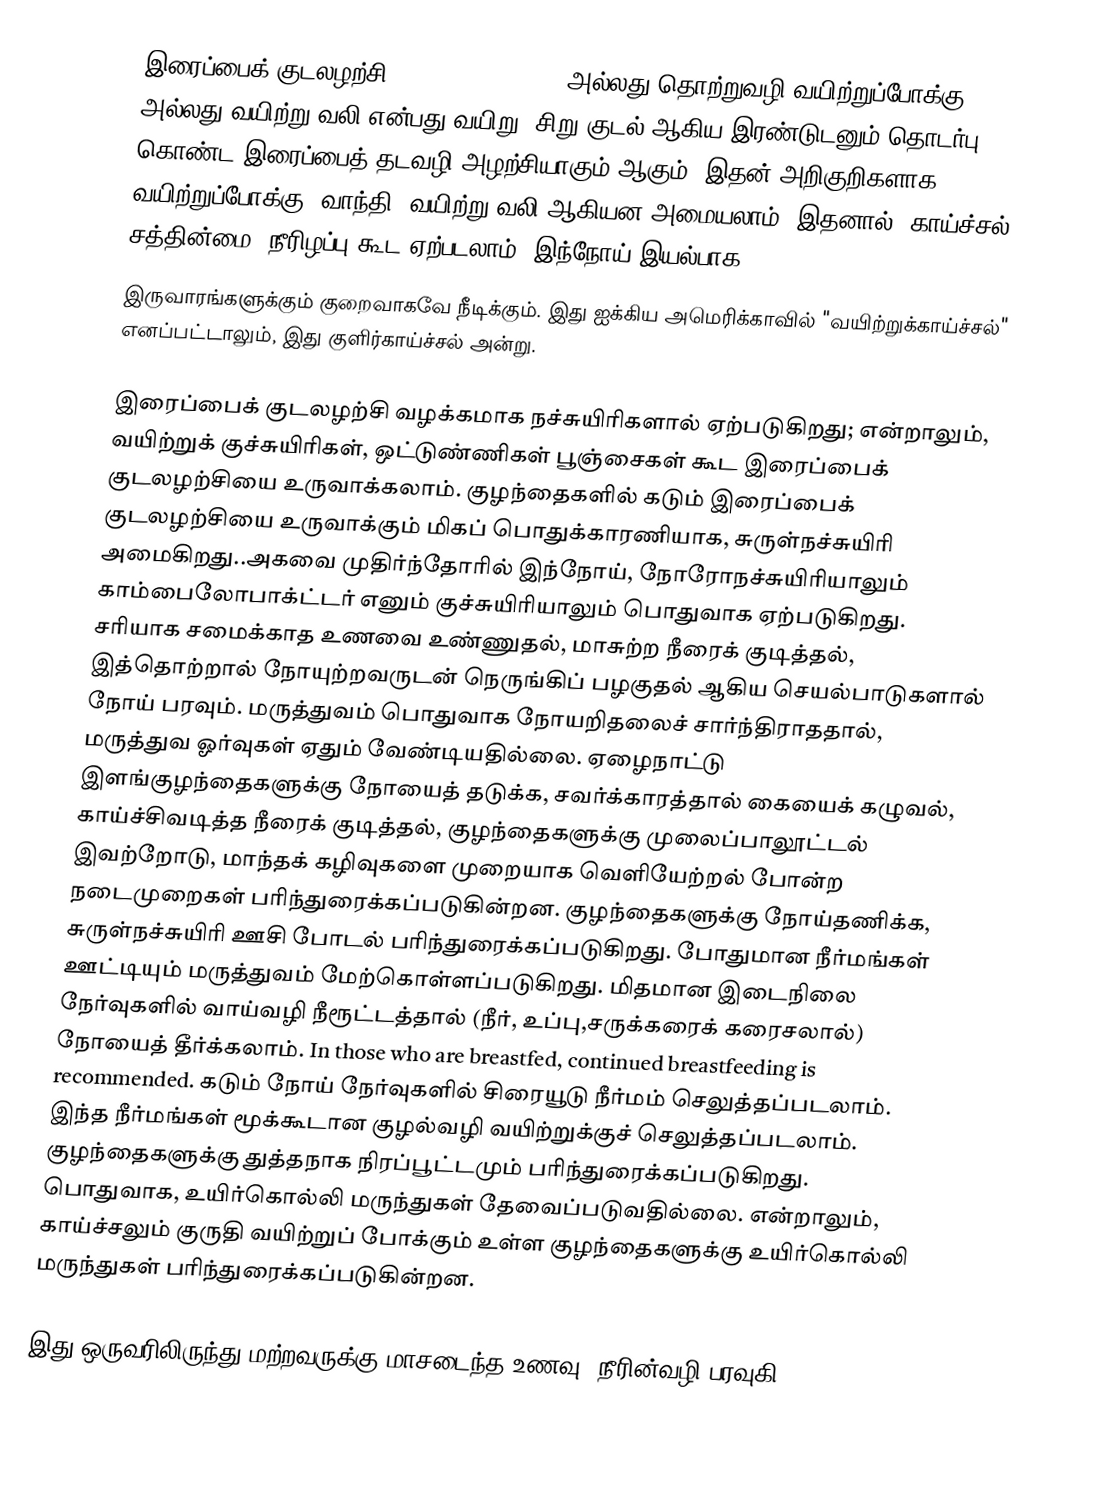
இரைப்பைக் குடலழற்சி (Gastroenteritis), அல்லது  தொற்றுவழி வயிற்றுப்போக்கு அல்லது வயிற்று வலி என்பது வயிறு, சிறு குடல் ஆகிய இரண்டுடனும் தொடர்பு கொண்ட இரைப்பைத் தடவழி அழற்சியாகும் ஆகும். இதன் அறிகுறிகளாக, வயிற்றுப்போக்கு, வாந்தி, வயிற்று வலி ஆகியன அமையலாம்.  இதனால், காய்ச்சல், சத்தின்மை, நீரிழப்பு கூட ஏற்படலாம். இந்நோய் இயல்பாக
இருவாரங்களுக்கும் குறைவாகவே நீடிக்கும்.  இது ஐக்கிய அமெரிக்காவில் "வயிற்றுக்காய்ச்சல்" எனப்பட்டாலும், இது குளிர்காய்ச்சல் அன்று.

இரைப்பைக் குடலழற்சி வழக்கமாக நச்சுயிரிகளால் ஏற்படுகிறது; என்றாலும், வயிற்றுக் குச்சுயிரிகள், ஒட்டுண்ணிகள் பூஞ்சைகள் கூட இரைப்பைக் குடலழற்சியை உருவாக்கலாம். குழந்தைகளில் கடும் இரைப்பைக் குடலழற்சியை உருவாக்கும் மிகப் பொதுக்காரணியாக, சுருள்நச்சுயிரி அமைகிறது..அகவை முதிர்ந்தோரில் இந்நோய், நோரோநச்சுயிரியாலும் காம்பைலோபாக்ட்டர் எனும் குச்சுயிரியாலும் பொதுவாக ஏற்படுகிறது. சரியாக சமைக்காத உணவை உண்ணுதல், மாசுற்ற நீரைக் குடித்தல், இத்தொற்றால் நோயுற்றவருடன் நெருங்கிப் பழகுதல் ஆகிய செயல்பாடுகளால் நோய் பரவும். மருத்துவம் பொதுவாக நோயறிதலைச் சார்ந்திராததால், மருத்துவ ஓர்வுகள் ஏதும் வேண்டியதில்லை. ஏழைநாட்டு இளங்குழந்தைகளுக்கு நோயைத் தடுக்க, சவர்க்காரத்தால் கையைக் கழுவல், காய்ச்சிவடித்த நீரைக் குடித்தல், குழந்தைகளுக்கு முலைப்பாலூட்டல் இவற்றோடு, மாந்தக் கழிவுகளை முறையாக வெளியேற்றல் போன்ற நடைமுறைகள் பரிந்துரைக்கப்படுகின்றன. குழந்தைகளுக்கு நோய்தணிக்க, சுருள்நச்சுயிரி ஊசி போடல் பரிந்துரைக்கப்படுகிறது. போதுமான நீர்மங்கள் ஊட்டியும் மருத்துவம் மேற்கொள்ளப்படுகிறது. மிதமான இடைநிலை நேர்வுகளில் வாய்வழி நீரூட்டத்தால் (நீர், உப்பு,சருக்கரைக் கரைசலால்) நோயைத் தீர்க்கலாம். In those who are breastfed, continued breastfeeding is recommended. கடும் நோய் நேர்வுகளில் சிரையூடு நீர்மம் செலுத்தப்படலாம். இந்த நீர்மங்கள் மூக்கூடான குழல்வழி வயிற்றுக்குச் செலுத்தப்படலாம். குழந்தைகளுக்கு துத்தநாக நிரப்பூட்டமும் பரிந்துரைக்கப்படுகிறது. பொதுவாக, உயிர்கொல்லி மருந்துகள் தேவைப்படுவதில்லை. என்றாலும், காய்ச்சலும் குருதி வயிற்றுப் போக்கும் உள்ள குழந்தைகளுக்கு உயிர்கொல்லி மருந்துகள் பரிந்துரைக்கப்படுகின்றன.

இது ஒருவரிலிருந்து மற்றவருக்கு மாசடைந்த உணவு, நீரின்வழி பரவுகி